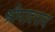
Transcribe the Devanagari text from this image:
श्रीपादराव